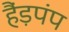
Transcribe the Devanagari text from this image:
हैंड़पंप